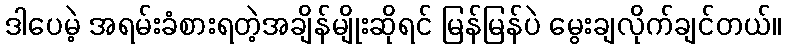
ဒါပေမဲ့ အရမ်းခံစားရတဲ့အချိန်မျိုးဆိုရင် မြန်မြန်ပဲ မွေးချလိုက်ချင်တယ်။